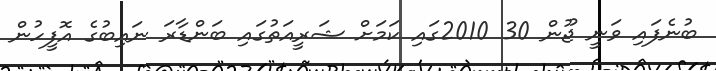
ބުނެފައި ވަނީ ޖޫން 30 2010ގައި ކަމަށް ޝަރީއަތުގައި ބަންޑާރަ ނައިބުގެ އޮފީހުން